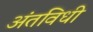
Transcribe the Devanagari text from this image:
अंतविधी